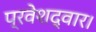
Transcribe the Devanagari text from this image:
प्रवेशद्वार।